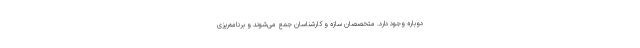
دوباره وجود دارد. متخصصان سازه و کارشناسان جمع می‌شوند و برنامه‌ریزی